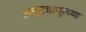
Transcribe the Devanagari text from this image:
अनुराधापूरच्या